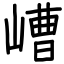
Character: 嶆